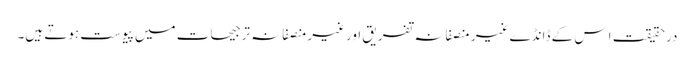
درحقیقت اِس کے ڈانڈے غیر منصفانہ تفریق اورغیرمنصفانہ ترجیحات میں پیوست ہوتے ہیں۔